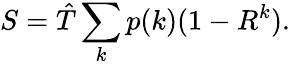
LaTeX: S=\hat{T}\sum_{k}p(k)(1-R^{k}).